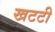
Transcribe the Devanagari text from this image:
खटटी